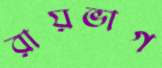
রায়ভাগ